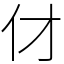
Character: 𠆫